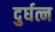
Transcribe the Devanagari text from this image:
दुर्घत्न